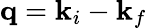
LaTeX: \mathbf{q}=\mathbf{k}_{i}-\mathbf{k}_{f}